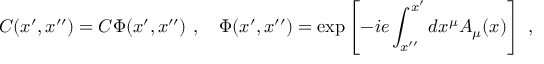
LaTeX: C ( x ^ { \prime } , x ^ { \prime \prime } ) = C \Phi ( x ^ { \prime } , x ^ { \prime \prime } ) \ , \quad \Phi ( x ^ { \prime } , x ^ { \prime \prime } ) = \exp \left[ - i e \int _ { x ^ { \prime \prime } } ^ { x ^ { \prime } } d x ^ { \mu } A _ { \mu } ( x ) \right] \ ,